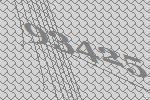
93425